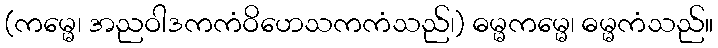
(ကမ္မေ၊ အညဝါဒကကံဝိဟေသကကံသည်၊) ဓမ္မကမ္မေ၊ ဓမ္မကံသည်။